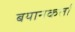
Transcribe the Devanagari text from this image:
बयानकर्ता